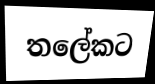
තලේකට